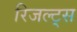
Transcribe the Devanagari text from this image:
रिजल्ट्स